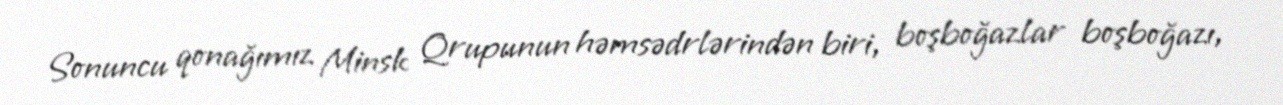
Sonuncu qonağımız Minsk Qrupunun həmsədrlərindən biri, boşboğazlar boşboğazı,